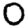
Digit: 0